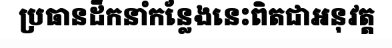
ប្រធានដឹកនាំកន្លែងនេះពិតជាអនុវត្ត